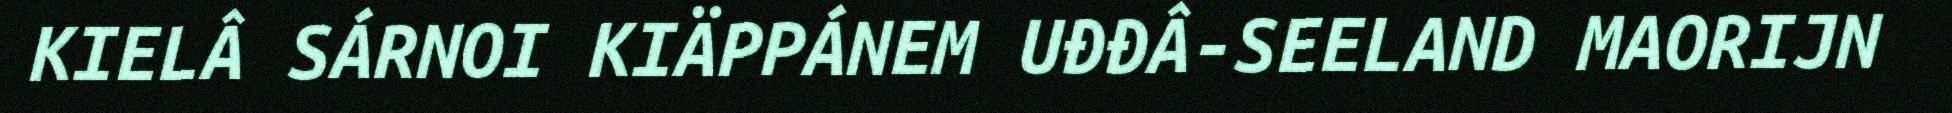
KIELÂ SÁRNOI KIÄPPÁNEM UĐĐÂ-SEELAND MAORIJN